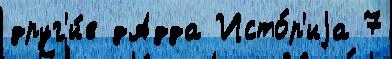
друг'и́е дАдда Исто́р'иjа 7